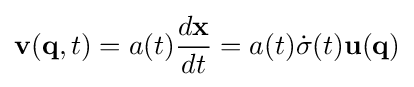
\mathbf {v} (\mathbf {q} ,t)=a(t){\frac {d\mathbf {x} }{dt}}=a(t){\dot {\sigma }}(t)\mathbf {u} (\mathbf {q} )